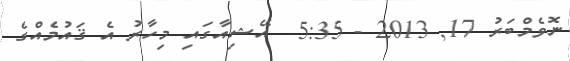
ނޮވެމްބަރު 17